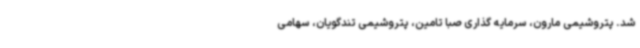
شد. پتروشیمی مارون، سرمایه‌ گذاری صبا تامین، پتروشیمی تندگویان، سهامی